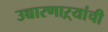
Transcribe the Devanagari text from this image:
उच्चारणाऱ्यांची